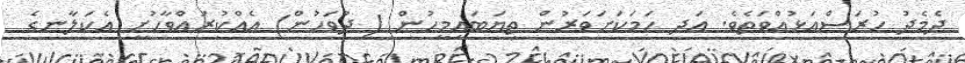
ދެމެދު ހުރަސްއަޅުއްވަތެވެ. އަދި ހަމަކަށަވަރުން ތިޔަބައިމީހުން ( ދުވަހުން) އެއްކުރައްވާހުށީ އެކަލާނގެ